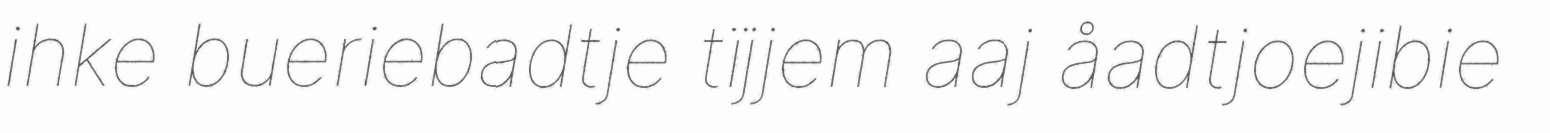
ihke bueriebadtje tïjjem aaj åadtjoejibie